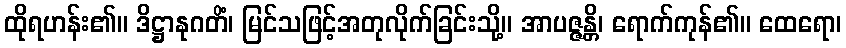
ထိုရဟန်း၏။ ဒိဋ္ဌာနုဂတိံ၊ မြင်သဖြင့်အတုလိုက်ခြင်းသို့။ အာပဇ္ဇန္တိ၊ ရောက်ကုန်၏။ ထေရော၊